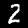
Digit: 2